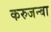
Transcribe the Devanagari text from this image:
करुजन्बा